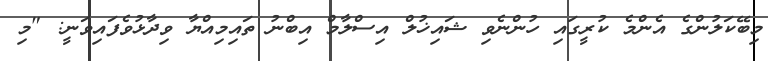
މިބޭކަލުންގެ އެންމެ ކުރީގައި ހުންނެވި ޝައިޚުލް އިސްލާމް އިބްނު ތައިމިއްޔާ ވިދާޅުވެފައިވަނީ: "މި